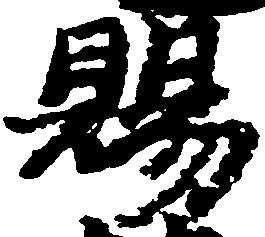
賜